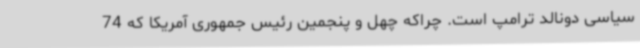
سیاسی دونالد ترامپ است. چراکه چهل و پنجمین رئیس جمهوری آمریکا که 74